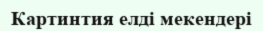
Картинтия елді мекендері